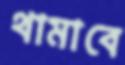
থামাবে